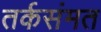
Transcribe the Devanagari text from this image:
तर्कसंमत